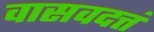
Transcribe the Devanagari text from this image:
वासवदत्तं